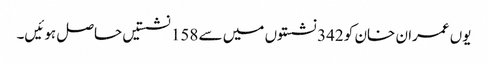
یوں عمران خان کو 342 نشستوں میں سے 158 نشستیں حاصل ہوئیں۔